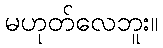
မဟုတ်လေဘူး။